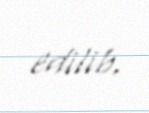
edilib.